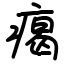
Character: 𤸎